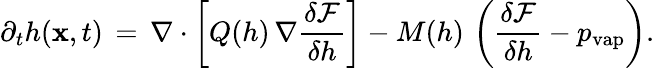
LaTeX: \partial_{t}h(\mathbf x,t)\, =\, \nabla\cdot\left[Q(h)\, \nabla\frac{\delta\mathcal{F}}{\delta h}\right]-M(h)\, \left(\frac{\delta\mathcal{F}}{\delta h}-p_{\mathrm{vap}}\right).